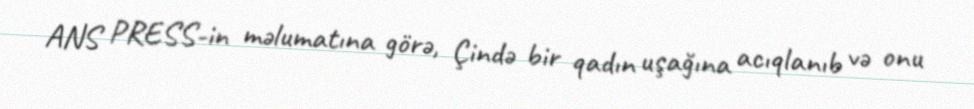
ANS PRESS-in məlumatına görə, Çində bir qadın uşağına acıqlanıb və onu